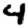
Digit: 4